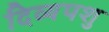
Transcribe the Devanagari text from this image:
दिव्यपशु